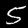
Label: 5